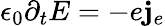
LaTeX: \epsilon_{0}\partial_{t}E=-e\mathbf{j}_{e}